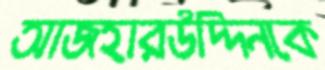
আজহারউদ্দিনকে